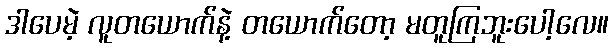
ဒါပေမဲ့ လူတယောက်နဲ့ တယောက်တော့ မတူကြဘူးပေါ့လေ။